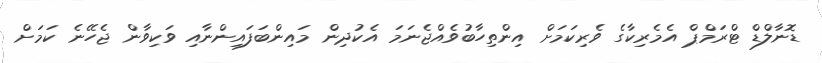
ޑޮނާލްޑް ޓްރަމްޕް އެމެރިކާގެ ވެރިކަމަށް އިންތިހާބުވެއްޖެނަމަ އެކުދިން މައިންބަފައިންނާއި ވަކިވާން ޖެހޭނެ ކަމަށް